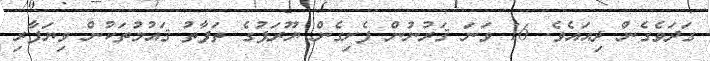
ގަދަވެގެން ދިއައެވެ. 16 ވަނަ ޤަރުނުން ފެށިގެން ޔޫރަޕުގެ ތަފާތު ޤައުމުތަކުން ވިޔަފާރި